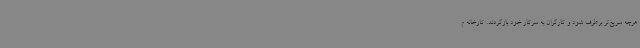
هرچه سریع‌تر برطرف شود و کارگران به سرکار خود بازگردند. کارخانه م